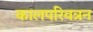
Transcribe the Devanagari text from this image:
कालपरिवत्रन